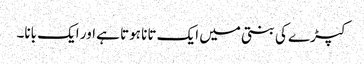
کپڑے کی بنتی میں ایک تانا ہوتا ہے اور ایک بانا۔